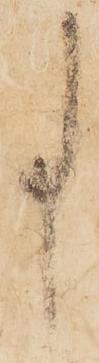
事